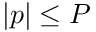
| p | \le P